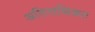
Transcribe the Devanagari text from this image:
अतिसन्निकट